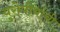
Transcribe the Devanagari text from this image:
युरोपीयांची